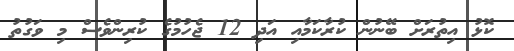
ކޮޅު އިތުރަށް ބޭނުން ކުރާކަމާއި އަދި 12 ޖެހުމުގެ ކުރިންވެސް މި ވަގުތު